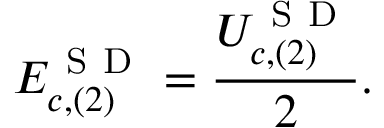
E _ { c , ( 2 ) } ^ { \mathrm { ~ S ~ D ~ } } = \frac { U _ { c , ( 2 ) } ^ { \mathrm { ~ S ~ D ~ } } } { 2 } .